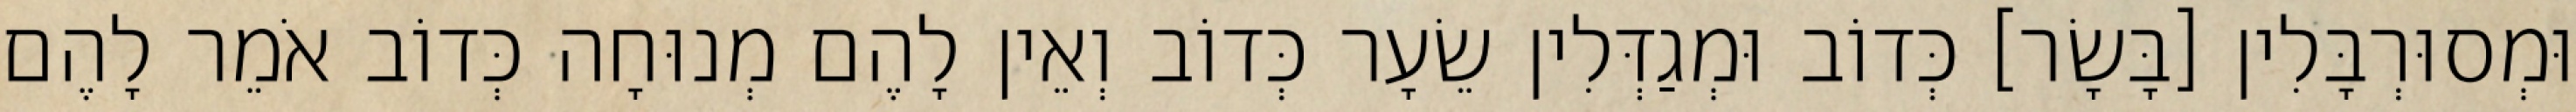
וּמְסוּרְבָּלִין [בָּשָׂר] כְּדוֹב וּמְגַדְּלִין שֵׂעָר כְּדוֹב וְאֵין לָהֶם מְנוּחָה כְּדוֹב אֹמֵר לָהֶם